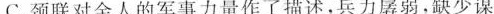
C.颈联对金人的军事力量作了描述，兵力孱弱，缺少谋